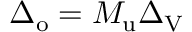
\Delta _ { \mathrm { o } } = M _ { \mathrm { u } } \Delta _ { \mathrm { V } }